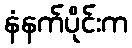
နံနက်ပိုင်းက